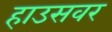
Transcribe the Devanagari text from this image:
हाउसवर